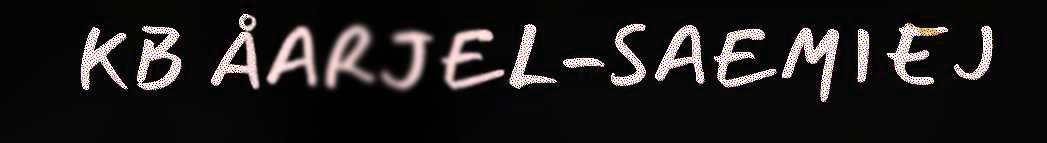
KB ÅARJEL-SAEMIEJ